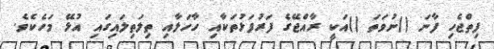
ފިތްޖެހި ފާނަ ()ނުވަތަ ()އަކީ ރާއްޖޭގެ ފަރުފަޅުތަކާއި ހާހަލާއި ތިލަތިލައިގައި އުޅޭ މަހެކެވެ.